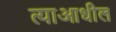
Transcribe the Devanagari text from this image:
त्याआधील